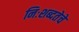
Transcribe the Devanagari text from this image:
निःशब्दतेचे